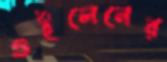
গুইলেনের